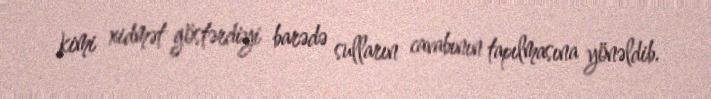
kimi xidmət göstərdiyi barədə sulların cavabının tapılmasına yönəldib.